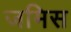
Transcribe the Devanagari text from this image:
जमिस